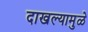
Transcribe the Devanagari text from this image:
दाखल्यामुळे